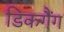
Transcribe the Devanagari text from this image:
डिकगैंग